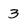
Character: 3